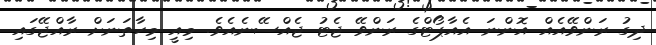
ދިގު ރަންވޭއެއް އޮންނަ އެއާޕޯޓްގެ ރަންވޭ ޖެޓު ޖެއްސޭނެއެވެ. މިއީ މިހާތަނަށް ރާއްޖޭގައި